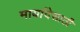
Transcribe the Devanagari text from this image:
मार्यादेसाठी